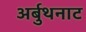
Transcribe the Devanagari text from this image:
अर्बुथनाट